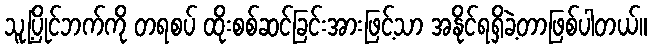
သူ့ပြိုင်ဘက်ကို တရစပ် ထိုးစစ်ဆင်ခြင်းအားဖြင့်သာ အနိုင်ရရှိခဲ့တာဖြစ်ပါတယ်။